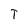
Character: T